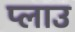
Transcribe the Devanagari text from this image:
प्लाउ